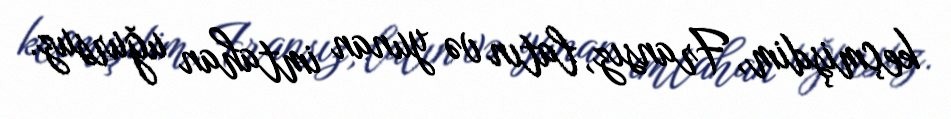
keçmişdim, Fransız, latın və yunan imtahan uğursuz.